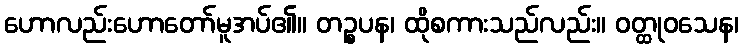
ဟောလည်းဟောတော်မူအပ်၏။ တဉ္စပန၊ ထိုစကားသည်လည်း။ ဝတ္ထုဝသေန၊